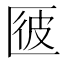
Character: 𠥌